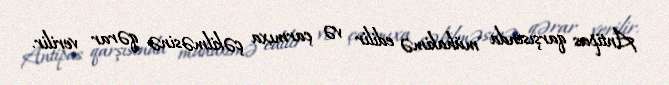
Antipas qarşısında mühakimə edilir və çarmıxa çəkilməsinə qərar verilir.